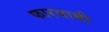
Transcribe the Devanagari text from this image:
फारयाबी